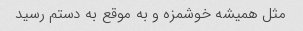
مثل همیشه خوشمزه و به موقع به دستم رسید